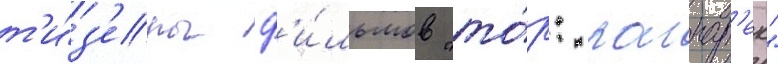
т'и́з'еры ф'и́льмов "то́р: рагнар'ек"